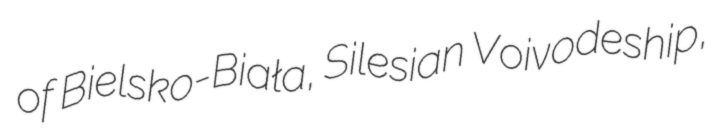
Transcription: of Bielsko-Biała, Silesian Voivodeship,